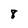
Character: 8